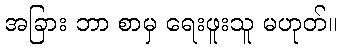
အခြား ဘာ စာမှ ရေးဖူးသူ မဟုတ်။